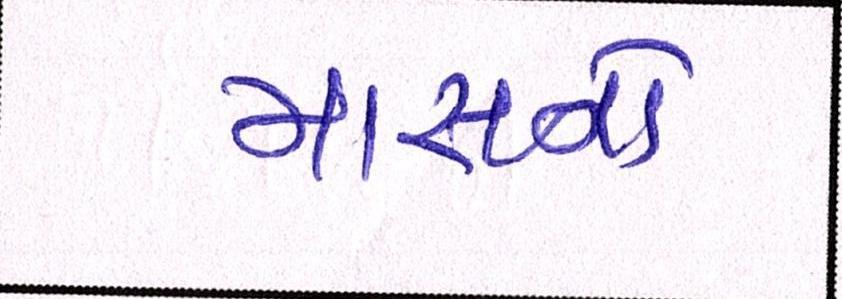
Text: માસનો